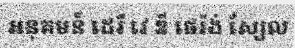
អនុគមន៍ ដេរី វេ ឌី ផេរ៉ង់ ស្យែល